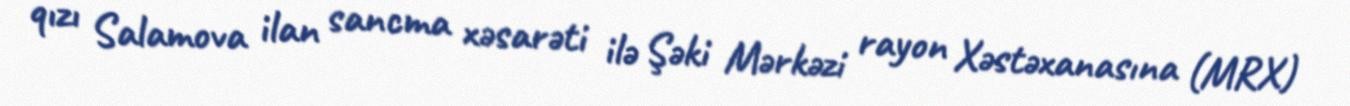
qızı Salamova ilan sancma xəsarəti ilə Şəki Mərkəzi rayon Xəstəxanasına (MRX)